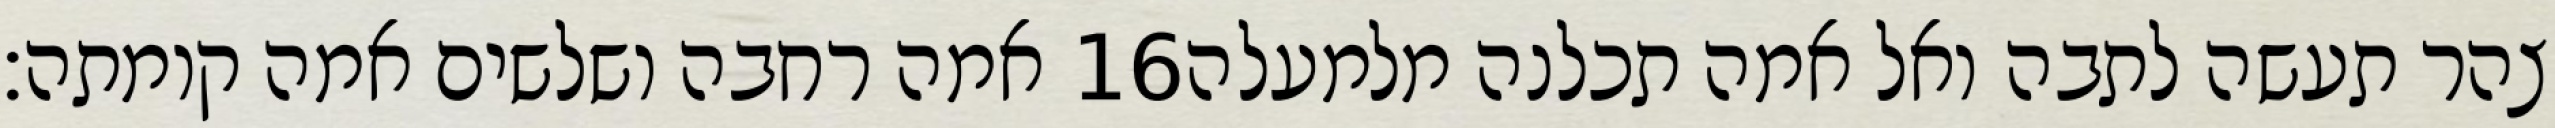
אמה רחבה ושלשים אמה קומתה׃ ‎16‏ צהר תעשה לתבה ואל אמה תכלנה מלמעלה